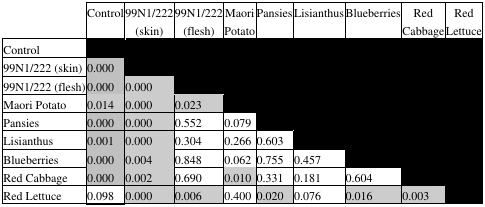
<table><thead><tr><td></td><td><b>Control</b></td><td><b>99N1/222 (skin)</b></td><td><b>99N1/222 (flesh)</b></td><td><b>Maori Potato</b></td><td><b>Pansies</b></td><td><b>Lisianthus</b></td><td><b>Blueberries</b></td><td><b>Red Cabbage</b></td><td><b>Red Lettuce</b></td></tr></thead><tbody><tr><td>Control</td><td></td><td></td><td></td><td></td><td></td><td></td><td></td><td></td><td></td></tr><tr><td>99N1/222 (skin)</td><td>0.000</td><td></td><td></td><td></td><td></td><td></td><td></td><td></td><td></td></tr><tr><td>99N1/222 (flesh)</td><td>0.000</td><td>0.000</td><td></td><td></td><td></td><td></td><td></td><td></td><td></td></tr><tr><td>Maori Potato</td><td>0.014</td><td>0.000</td><td>0.023</td><td></td><td></td><td></td><td></td><td></td><td></td></tr><tr><td>Pansies</td><td>0.000</td><td>0.000</td><td>0.552</td><td>0.079</td><td></td><td></td><td></td><td></td><td></td></tr><tr><td>Lisianthus</td><td>0.001</td><td>0.000</td><td>0.304</td><td>0.266</td><td>0.603</td><td></td><td></td><td></td><td></td></tr><tr><td>Blueberries</td><td>0.000</td><td>0.004</td><td>0.848</td><td>0.062</td><td>0.755</td><td>0.457</td><td></td><td></td><td></td></tr><tr><td>Red Cabbage</td><td>0.000</td><td>0.002</td><td>0.690</td><td>0.010</td><td>0.331</td><td>0.181</td><td>0.604</td><td></td><td></td></tr><tr><td>Red Lettuce</td><td>0.098</td><td>0.000</td><td>0.006</td><td>0.400</td><td>0.020</td><td>0.076</td><td>0.016</td><td>0.003</td><td></td></tr></tbody></table>